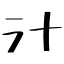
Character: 汁